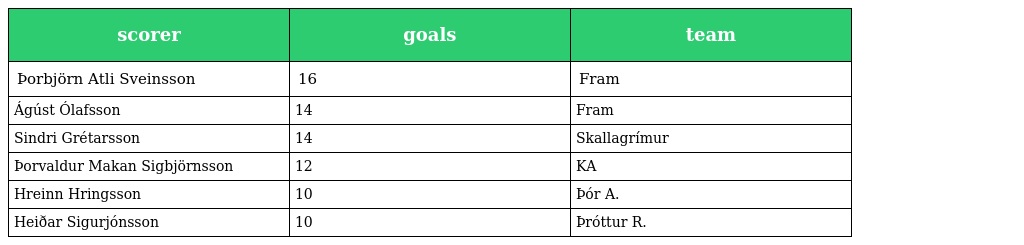
| scorer | goals | team |
 | --- | --- | --- |
 | Þorbjörn Atli Sveinsson | 16 | Fram |
 | Ágúst Ólafsson | 14 | Fram |
 | Sindri Grétarsson | 14 | Skallagrímur |
 | Þorvaldur Makan Sigbjörnsson | 12 | KA |
 | Hreinn Hringsson | 10 | Þór A. |
 | Heiðar Sigurjónsson | 10 | Þróttur R. |